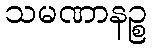
သမဏာနဉ္စ